Lunatic asylums Bombay report 1878-1890 - 1878-1890
Year: 1878
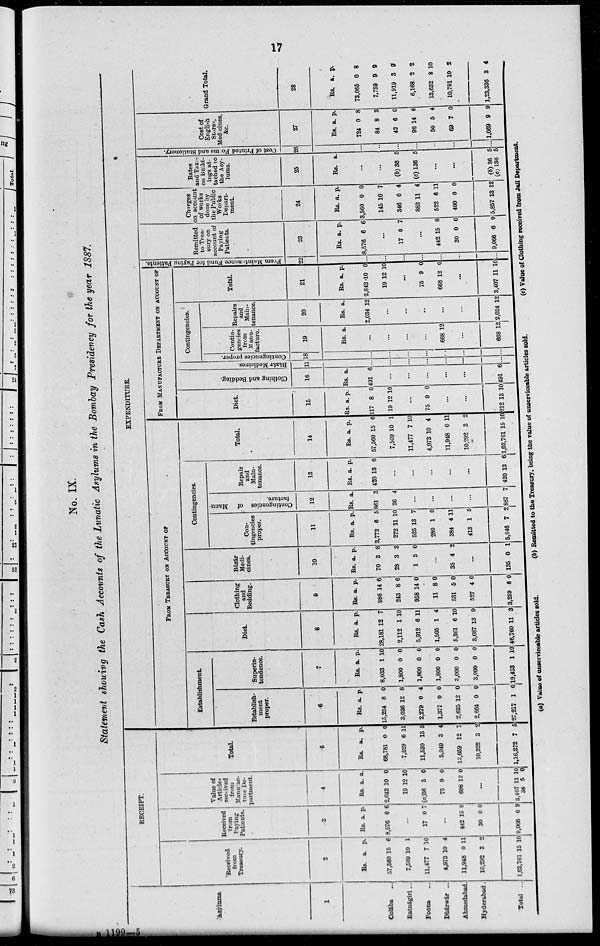
17
No. IX.
Statement showing the Cash Accounts of the Lunatic Asylums in the Bombay Presidency for the year 1887.
Asylums.
1
Colába
...
Ratnágiri ...
Poona ...
Dhárwár ...
Ahmedabad.
Hyderabad.
Total ...
RECEIPT.
Received.
from
Treasury.
2
Rs.
57,560
7,509
11,477
4,973
11,948
10,292
1,03,761
a.
15
10
7
10
0
3
15
p.
6
1
10
4
11
2
10
Received
from
Paying
Patients.
3
Rs.
8,576
a.
6
p.
56
...
17 6 7
...
442
30
9,066
15
0
6
8
0
9
Value of
Articles
from
Manufac¬
ture De¬
partment.
4
Rs
2,643
19
(a)36
75
668
a
10
12
5
9
12
p.
0
10
0
0
0
...
3,407
36
11
5
10
0
Total
5
Rs.
68,781
7,529
11,530
5,049
13,059
10,322
1,16,272
a.
0
6
13
3
12
3
7
p.
0
11
5
4
7
2
5
EXPENDITURE.
FROM TREASURY ON ACCOUNT OF
Establishment.
Establish-
ment
proper.
6
Rs.
15,234
3,026
2,279
1,377
2,635
2,664
27,217
a.
8
12
0
0
12
0
1
p.
0
8
4
0
0
0
0
Superin-
tendence.
7
Rs.
8,033
1,800
1,800
1,800
3,000
3,000
19,433
a.
1
0
0
0
0
0
1
p.
10
0
0
0
0
0
10
Diet.
8
Rs.
28,181
2,112
5,912
1,505
5,361
3,687
46,760
a.
12
1
6
1
6
13
11
p.
7
10
11
4
10
9
3
Clothing
and
Bedding.
9
Rs.
986
243
958
11
531
527
3,259
a.
14
8
14
8
5
4
6
p.
6
6
0
0
0
0
0
Bázár
Medi-
cines.
10
Rs.
70
28
1
a.
3
3
5
p.
8
3
0
...
35 4 2
...
135 0 1
Contingencies.
Con-
tingencies
proper.
11
Rs.
3,772
272
525
280
384
413
5,646
a.
6
11
13
1
4
1
7
p.
5
10
7
0
11
5
2
Contingencies of Manu-
facture.
12
Rs.
861
26
a.
3
4
...
...
...
...
887
7
Repair
and
Main-
tenance.
13
Rs.
420
a.
13
p.
6
...
...
...
...
...
420 13
6
Total.
14
Rs.
57,560
7,509
11,477
4,973
11,948
10,292
1,03,761
a.
15
10
7
10
0
3
15
p.
6
1
10
4
11
2
10
FROM MANUFACTURE DEPARTMENT ON ACCOUNT OF
Diet.
15
Rs.
117
19
a.
8
12
p.
0
10
...
75 9 0
...
...
212 13 10
Clothing and Bedding.
16
Rs.
491
a.
6
...
...
...
...
...
191 6
Bázár Medicines.
17
...
...
...
...
...
...
...
Contingencies
proper.
18
...
...
...
...
...
...
Contingencies.
Contin-
gencies
from
Manu-
facture.
19
Rs. a.
..
...
...
...
668 12
...
668
12
Repairs
and
Main-
tenance
20
Rs.
2,034
a.
12
...
...
...
...
...
2,034 12
Total.
21
Rs.
2,643
19
a.
.10
12
p.
0
10
...
75
668
9
12
0
0
...
3,407 11
10
From Maintenance
Fund for Paying Patients.
22
...
...
...
...
...
...
...
Remitted
to Trea-
sury on
account of
Paying
Patients.
23
Rs.
8,576
a.
6
p.
6
...
17 0 7
...
442
30
9,066
15
0
6
8
0
9
Charges
on account
of works
done by
the Public
Works
Depart-
ment.
24
Rs
3,560
145
346
883
522
400
5,857
a.
0
10
0
11
6
0
13
p.
0
7
4
4
11
0
12
Rates
and Taxes
on Build¬
ings at-
tached to
the Asy-
lums.
25
Rs. a.
...
...
(b)36
(c)136
5
5
...
...
(b)36
(c) 136
5
5
Cost of Printed Forms
and Stationery.
26
...
...
...
...
...
...
Cost of
English
Stores,
Medicines,
&c.
27
Rs.
724
84
42
98
50
69
1,069
a.
0
8
6
14
5
7
9
p.
8
3
0
6
40
0
9
Grand Total.
28
Rs.
73,065
11,919
6168
13,632
10,791
1,23,336
a.
0
9
2
8
10
3
p.
8
9
2
10
2
4
(a) Value of unserviceable articles sold.
(b) Remitted to the Treasury, being the value of unserviceable articles sold.
(c) Value of Clothing received from jail Department.